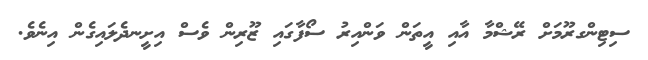
ސިޓިންގރޫމަށް ރޭޝްމާ އާއި އީތަން ވަންއިރު ސޯފާގައި ޒޫރިން ވެސް އިށީނދެލައިގެން އިނެވެ.